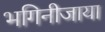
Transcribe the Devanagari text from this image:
भगिनीजाया